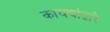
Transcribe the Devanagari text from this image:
कायद्यांद्वारे